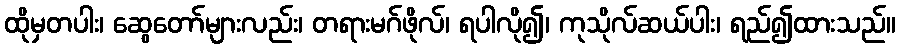
ထိုမှတပါး၊ ဆွေတော်များလည်း၊ တရားမဂ်ဖိုလ်၊ ရပါလို၍၊ ကုသိုလ်ဆယ်ပါး၊ ရည်၍ထားသည်။